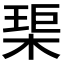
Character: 𤦲